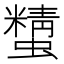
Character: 𧓔